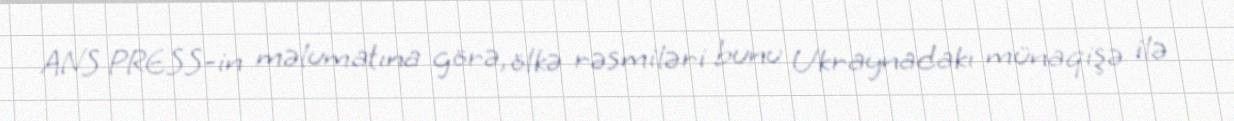
ANS PRESS-in məlumatına görə, ölkə rəsmiləri bunu Ukraynadakı münaqişə ilə